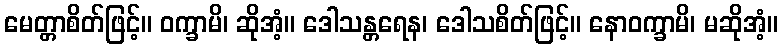
မေတ္တာစိတ်ဖြင့်။ ဝက္ခာမိ၊ ဆိုအံ့။ ဒေါသန္တရေန၊ ဒေါသစိတ်ဖြင့်။ နောဝက္ခာမိ၊ မဆိုအံ့။